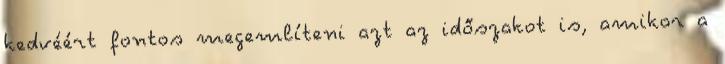
kedvéért fontos megemlíteni azt az időszakot is, amikor a